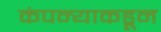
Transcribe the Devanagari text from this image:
कंपन्याकडून